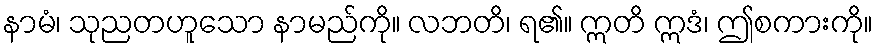
နာမံ၊ သုညတဟူသော နာမည်ကို။ လဘတိ၊ ရ၏။ ဣတိ ဣဒံ၊ ဤစကားကို။